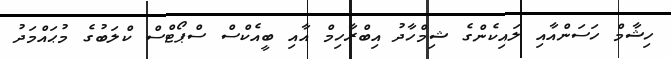
ހިޝާމް ހަސަންއާއި ލައިކެންގެ ޝިމްހާދު އިބްރާހިމް އާއި ބީއެކްސް ސްޕޯޓްސް ކްލަބުގެ މުޙައްމަދު